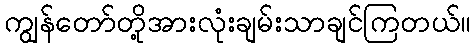
ကျွန်တော်တို့အားလုံးချမ်းသာချင်ကြတယ်။